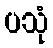
ပသုံ